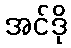
အင်ဒို